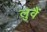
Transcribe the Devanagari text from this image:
लुवैं